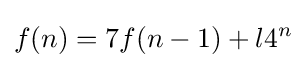
f(n)=7f(n-1)+l4^{n}